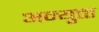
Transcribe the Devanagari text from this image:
अन्युक्त